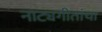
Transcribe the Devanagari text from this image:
नाट्यगीतांचा